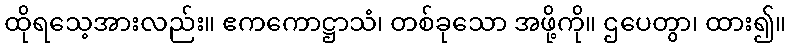
ထိုရသေ့အားလည်း။ ဧကကောဋ္ဌာသံ၊ တစ်ခုသော အဖို့ကို။ ဌပေတွာ၊ ထား၍။